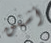
أشفق